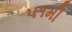
૫૧મી